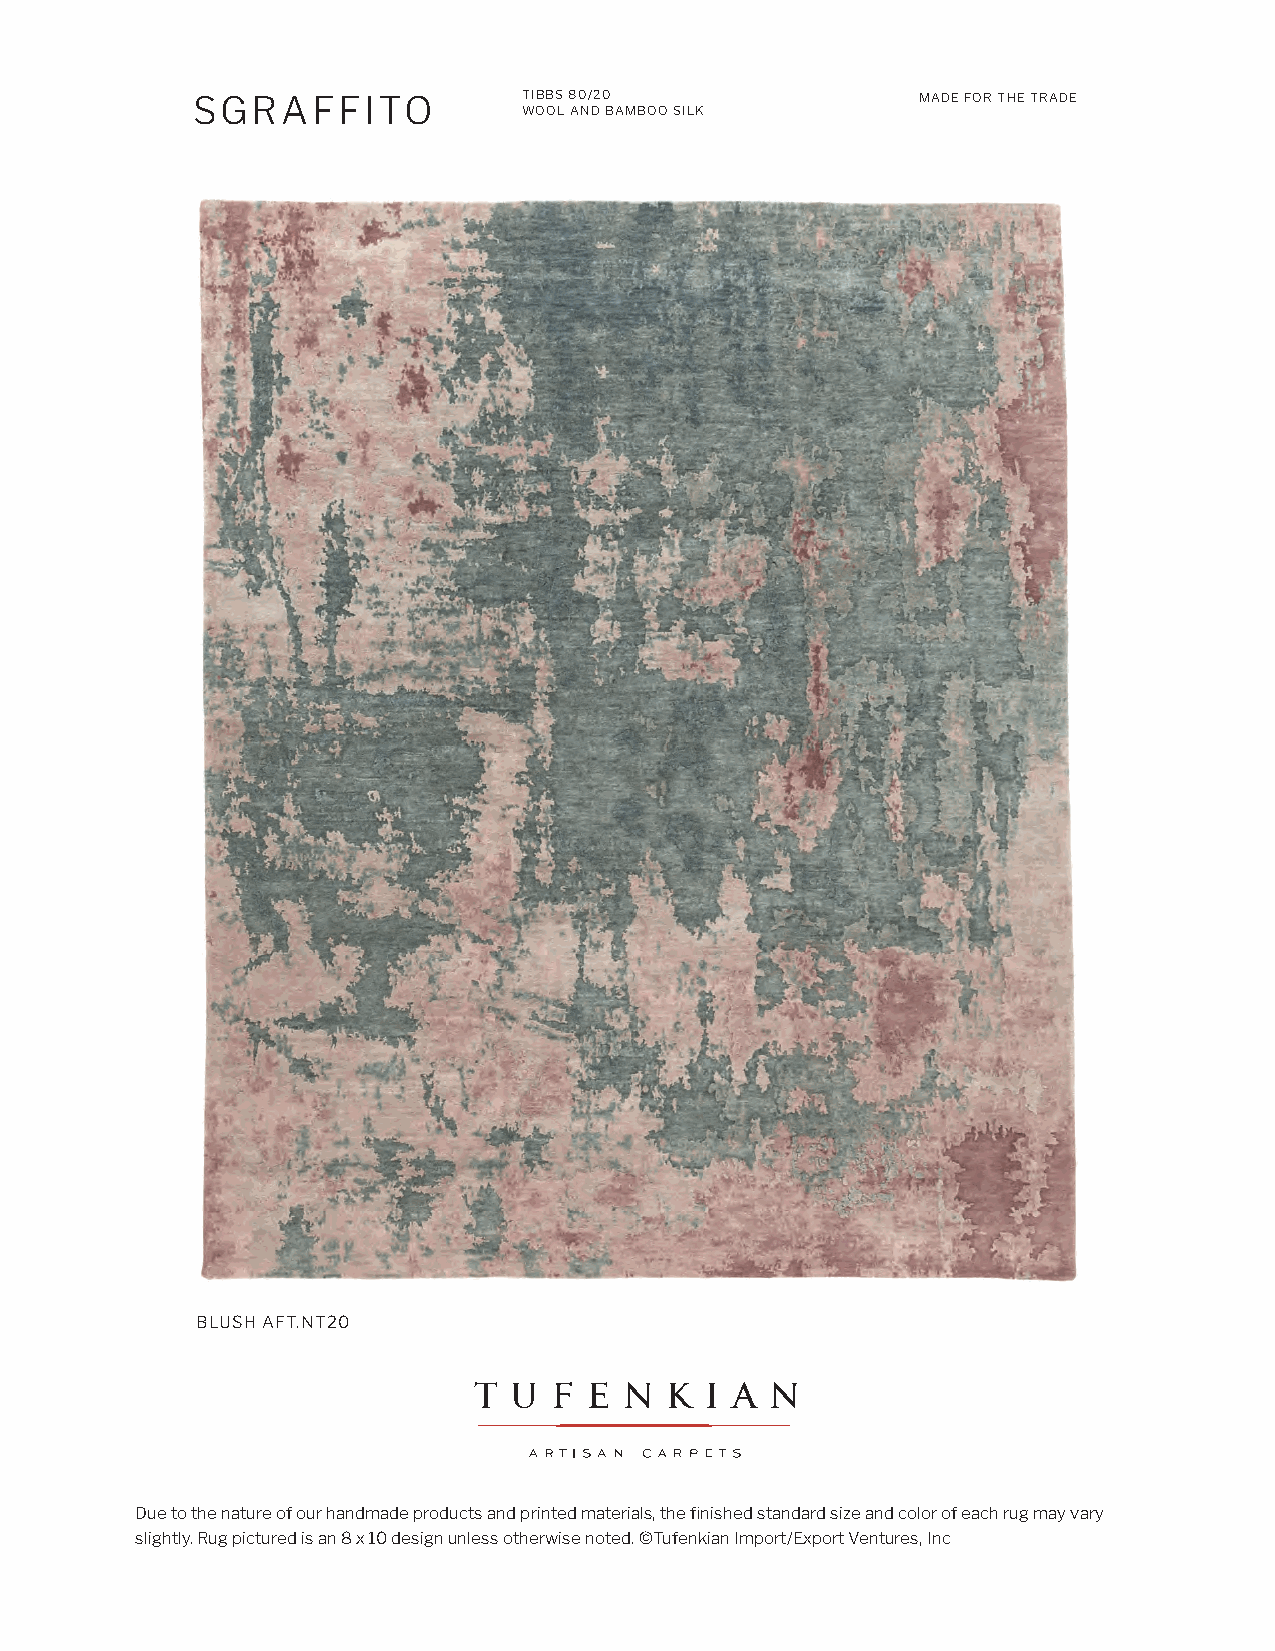
SGRAFFITO             TIBBS 80/20               MADE FOR THE TRADE
 WOOL AND BAMBOO SILK
 BLUSH AFT.NT20
 Due to the nature of our handmade products and printed materials, the finished standard size and color of each rug may vary
 slightly. Rug pictured is an 8 x 10 design unless otherwise noted. ©Tufenkian Import/Export Ventures, Inc